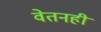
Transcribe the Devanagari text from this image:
वेतनही